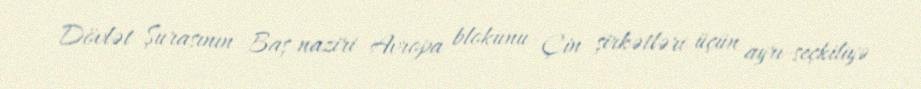
Dövlət Şurasının Baş naziri Avropa blokunu Çin şirkətləri üçün ayrı-seçkiliyə